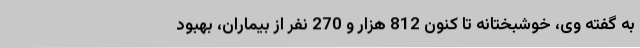
به گفته وی، خوشبختانه تا کنون 812 هزار و 270 نفر از بیماران، بهبود